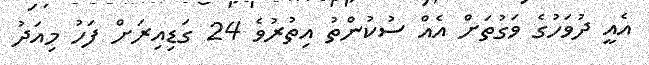
އެއީ ދުވަހުގެ ވަގުތަށް އެއް ސުކުންތު އިތުރުވެ 24 ގަޑިއިރަށް ފަހު މިއަދު